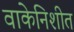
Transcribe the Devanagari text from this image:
वाकेनिशीत